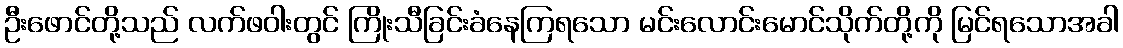
ဦးဖောင်တို့သည် လက်ဖဝါးတွင် ကြိုးသီခြင်းခံနေကြရသော မင်းလောင်းမောင်သိုက်တို့ကို မြင်ရသောအခါ